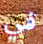
في